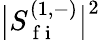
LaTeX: \big\lvert S_{\mathrm{~f~i~}}^{(1,-)}\big\rvert^{2}